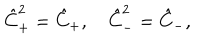
\hat { C } _ { + } ^ { 2 } = \hat { C } _ { + } , \quad \hat { C } _ { - } ^ { 2 } = \hat { C } _ { - } ,